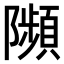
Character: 𨽗